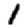
Digit: 1